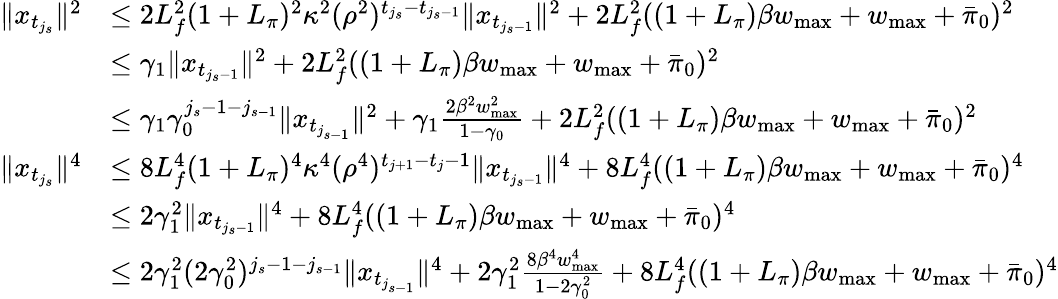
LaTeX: \begin{array}{rl}{\| x_{t_{j_{s}}}\| ^{2}}&{\leq 2L_{f}^{2}(1+L_{\pi})^{2}\kappa^{2}(\rho^{2})^{t_{j_{s}}-t_{j_{s}-1}}\| x_{t_{j_{s}-1}}\| ^{2}+2L_{f}^{2}((1+L_{\pi})\beta w_{\operatorname*{max}}+w_{\operatorname*{max}}+\bar{\pi}_{0})^{2}}\\ &{\leq\gamma_{1}\| x_{t_{j_{s}-1}}\| ^{2}+2L_{f}^{2}((1+L_{\pi})\beta w_{\operatorname*{max}}+w_{\operatorname*{max}}+\bar{\pi}_{0})^{2}}\\ &{\leq\gamma_{1}\gamma_{0}^{j_{s}-1-j_{s-1}}\| x_{t_{j_{s-1}}}\| ^{2}+\gamma_{1}\frac{2\beta^{2}w_{\operatorname*{max}}^{2}}{1-\gamma_{0}}+2L_{f}^{2}((1+L_{\pi})\beta w_{\operatorname*{max}}+w_{\operatorname*{max}}+\bar{\pi}_{0})^{2}}\\ {\| x_{t_{j_{s}}}\| ^{4}}&{\leq 8L_{f}^{4}(1+L_{\pi})^{4}\kappa^{4}(\rho^{4})^{t_{j+1}-t_{j}-1}\| x_{t_{j_{s}-1}}\| ^{4}+8L_{f}^{4}((1+L_{\pi})\beta w_{\operatorname*{max}}+w_{\operatorname*{max}}+\bar{\pi}_{0})^{4}}\\ &{\leq 2\gamma_{1}^{2}\| x_{t_{j_{s}-1}}\| ^{4}+8L_{f}^{4}((1+L_{\pi})\beta w_{\operatorname*{max}}+w_{\operatorname*{max}}+\bar{\pi}_{0})^{4}}\\ &{\leq 2\gamma_{1}^{2}(2\gamma_{0}^{2})^{j_{s}-1-j_{s-1}}\| x_{t_{j_{s-1}}}\| ^{4}+2\gamma_{1}^{2}\frac{8\beta^{4}w_{\operatorname*{max}}^{4}}{1-2\gamma_{0}^{2}}+8L_{f}^{4}((1+L_{\pi})\beta w_{\operatorname*{max}}+w_{\operatorname*{max}}+\bar{\pi}_{0})^{4}}\end{array}